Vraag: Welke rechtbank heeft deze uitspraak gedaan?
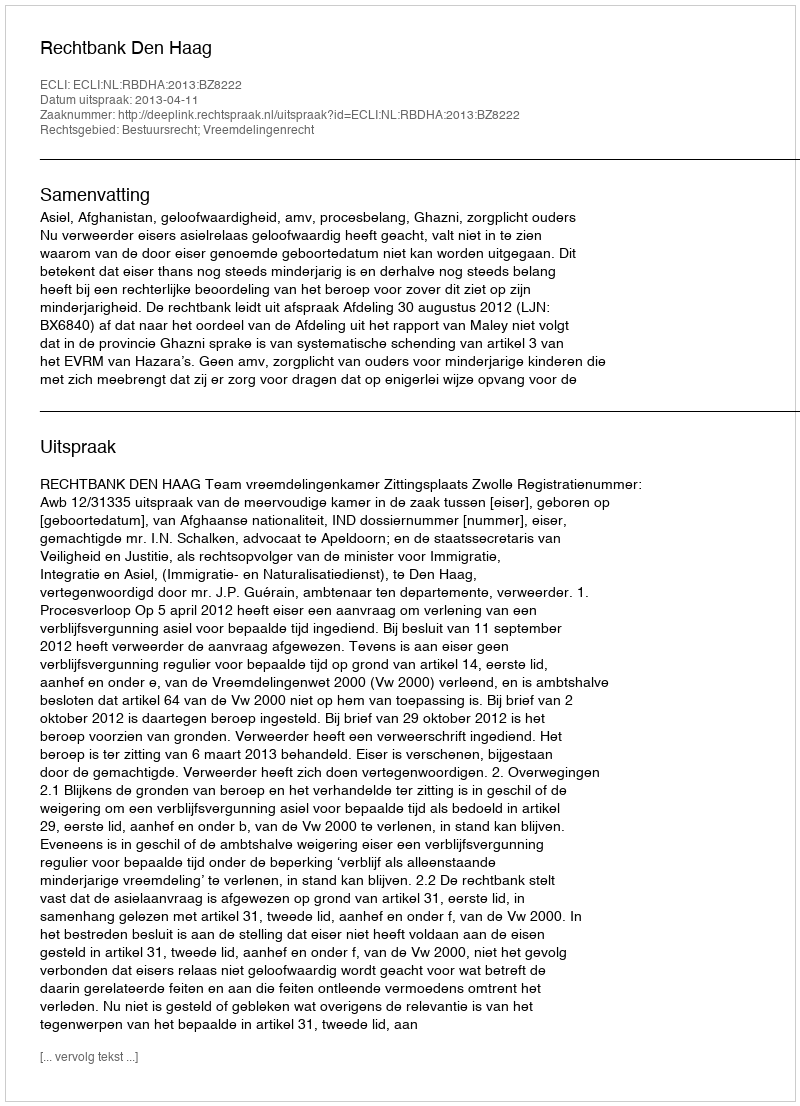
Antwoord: Rechtbank Den Haag